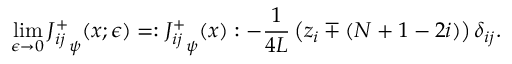
\operatorname * { l i m } _ { \epsilon \rightarrow 0 } { J _ { i j } ^ { + } } _ { \psi } ( x ; \epsilon ) = : { J _ { i j } ^ { + } } _ { \psi } ( x ) : - \frac { 1 } { 4 L } \left( z _ { i } \mp ( N + 1 - 2 i ) \right) \delta _ { i j } .